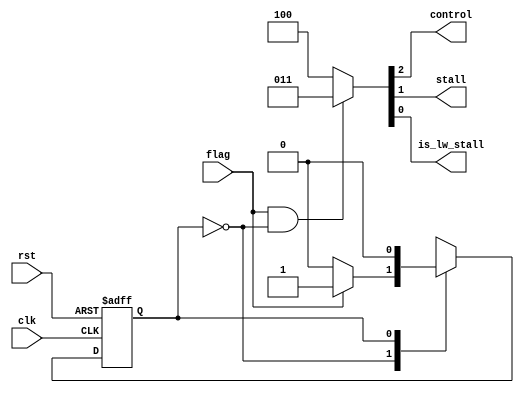
`timescale 1ns / 1ps

module Nop_1cycle(
    input clk,
    input rst,
    input flag,
    output reg control,
    output reg stall,
    output reg is_lw_stall
    );
    
    reg state,next_state;
    always@(posedge clk, posedge rst) begin
        if(rst) state<=0;
        else state<=next_state;
    end
    always@(*) begin
        next_state=state;
        case(state)
            0: if(flag) next_state=1;
            1: next_state=0;
        endcase
    end
    always@(*) begin
        if(flag&&~state) {control,stall,is_lw_stall}=3'b011;
        else {control,stall,is_lw_stall}=3'b100;
    end

endmodule